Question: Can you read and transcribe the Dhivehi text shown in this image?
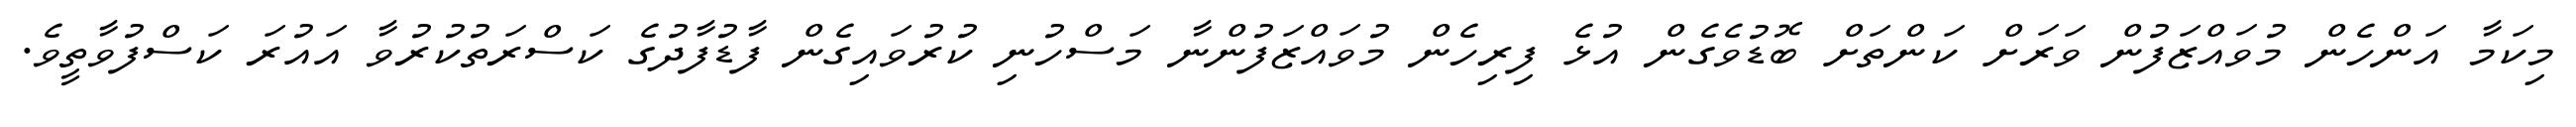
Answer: މިކަމާ އަންހެން މުވައްޒަފުން ވަރަށް ކަންތަށް ބޮޑުވެގެން އުޅެ ފިރިހެން މުވައްޒަފުންނާ މަސްހުނި ކުރުވައިގެން ފާޑުފާދުގެ ކަސްރަތުކުރުވާ އައުރަ ކަސްފުވާތީވެ.